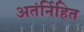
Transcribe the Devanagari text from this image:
अतंर्निहित